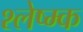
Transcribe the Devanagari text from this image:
श्लेष्म्क